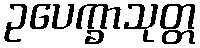
ဥပေက္ခာသုတ္တ